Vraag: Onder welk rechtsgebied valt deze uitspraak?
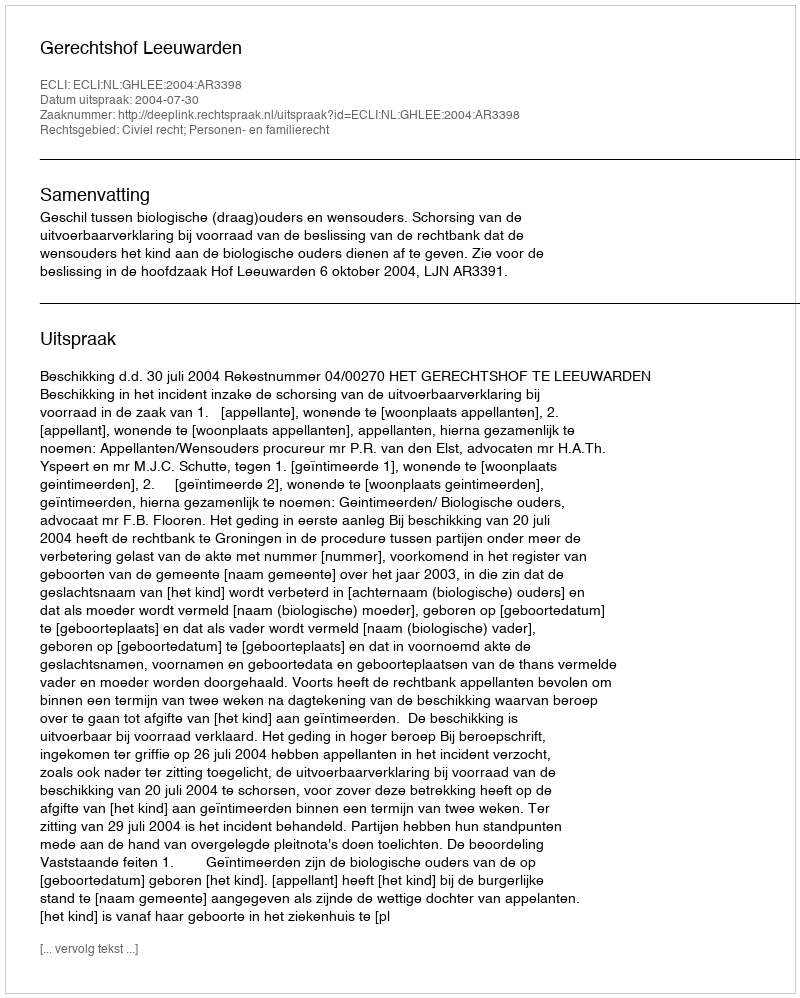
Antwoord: Civiel recht; Personen- en familierecht